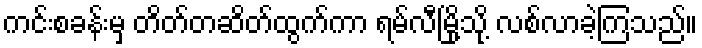
ကင်းစခန်းမှ တိတ်တဆိတ်ထွက်ကာ ရမ်လီမြို့သို့ လစ်လာခဲ့ကြသည်။